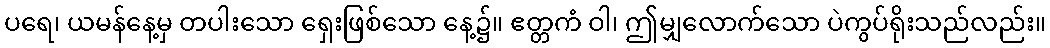
ပရေ၊ ယမန်နေ့မှ တပါးသော ရှေးဖြစ်သော နေ့၌။ ဧတ္တကံ ဝါ၊ ဤမျှလောက်သော ပဲကွပ်ရိုးသည်လည်း။